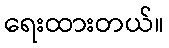
ရေးထားတယ်။